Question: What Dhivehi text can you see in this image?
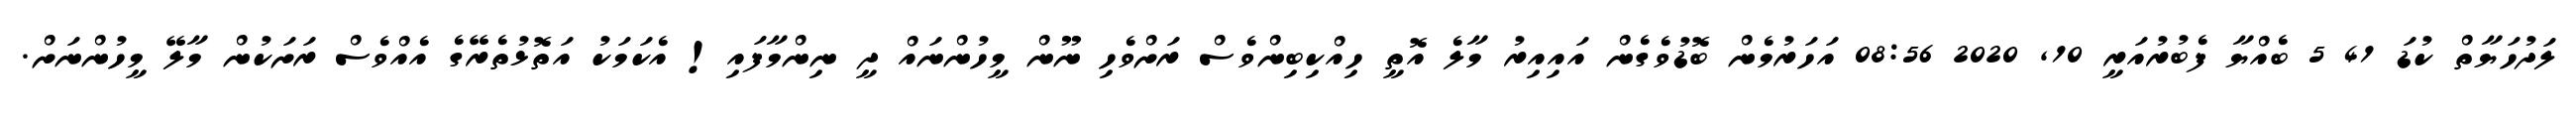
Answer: ލަދުހަޔާތް ކުޑަ 41 5 ބެއްޔާ ފެބުރުއަރީ 10, 2020 08:56 އަހަރުމެން ބޮޑުވެގެން އައިއިރު މާލެ އޮތީ ހިއްކިބިންވެސް ރަށްވެހި ނޫން މީހުންނައް ދީ ނިންމާފައި! އެކަމަކު އަތޮޅުތެރޭގެ އެއްވެސް ރަށަކުން މާލޭ މީހުންނަށް.